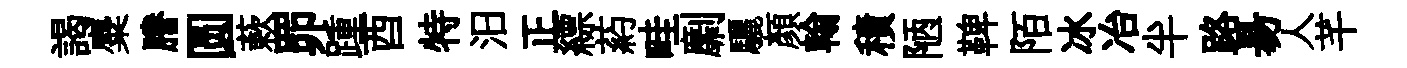
謁麋謄圆蔌𦊑踵酉特汨正縹葯畦劘驪顏翰積陋鞞陌冰冶半路昜人芊